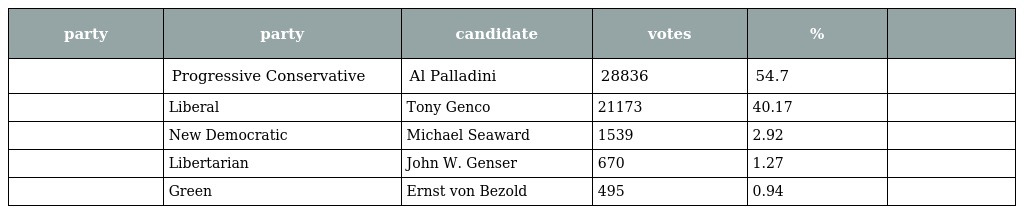
| party | party | candidate | votes | % |  |
 | --- | --- | --- | --- | --- | --- |
 |  | Progressive Conservative | Al Palladini | 28836 | 54.7 |  |
 |  | Liberal | Tony Genco | 21173 | 40.17 |  |
 |  | New Democratic | Michael Seaward | 1539 | 2.92 |  |
 |  | Libertarian | John W. Genser | 670 | 1.27 |  |
 |  | Green | Ernst von Bezold | 495 | 0.94 |  |